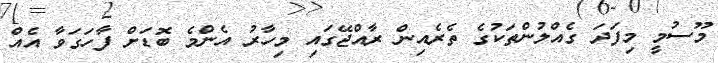
މޫސުމީ މިފަދަ ގެއްލުންތަކުގެ ތެރެއިން ރާއްޖޭގައި މިހާރު އެންމެ ބޮޑަށް ފާހަގަވާ އެއް